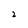
Character: 2